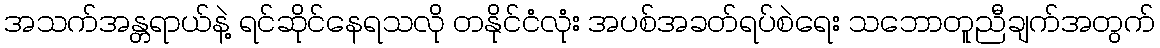
အသက်အန္တရာယ်နဲ့ ရင်ဆိုင်နေရသလို တနိုင်ငံလုံး အပစ်အခတ်ရပ်စဲရေး သဘောတူညီချက်အတွက်